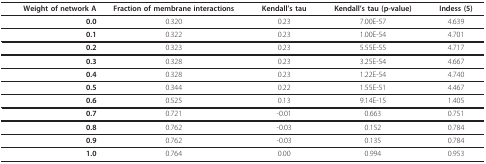
| Weight of network A | Fraction of membrane interactions | Kendall's tau | Kendall's tau (p-value) | Indess (5) |
 | --- | --- | --- | --- | --- |
 | 0.0 | 0.320 | 0.23 | 7.00E-57 | 4.639 |
 | 0.1 | 0.322 | 0.23 | 1.00E-54 | 4.701 |
 | 0.2 | 0.323 | 0.23 | 5.55E-55 | 4.717 |
 | 0.3 | 0.328 | 0.23 | 3.25E-54 | 4.667 |
 | 0.4 | 0.328 | 0.23 | 1.22E-54 | 4.740 |
 | 0.5 | 0.344 | 0.22 | 1.55E-51 | 4.467 |
 | 0.6 | 0.525 | 0.13 | 9.14E-15 | 1.405 |
 | 0.7 | 0.721 | -0.01 | 0.663 | 0.751 |
 | 0.8 | 0.762 | -0.03 | 0.152 | 0.784 |
 | 0.9 | 0.762 | -0.03 | 0.135 | 0.784 |
 | 1.0 | 0.764 | 0.00 | 0.994 | 0.953 |